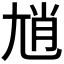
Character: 𡯩